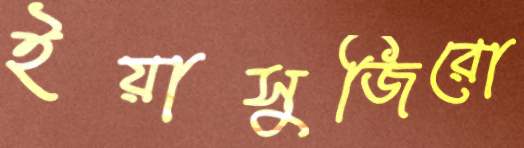
ইয়াসুজিরো